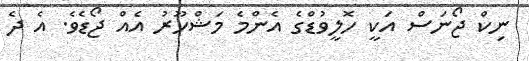
ނިކް ޖޯނަސް އަކީ ހޮލީވުޑްގެ އެންމެ މަޝްހޫރު އެއް ޖޯޑެވެ. އެ ދެ